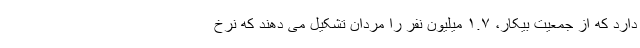
دارد که از جمعیت بیکار، ۱.۷ میلیون نفر را مردان تشکیل می دهند که نرخ